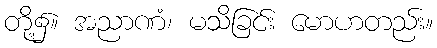
တို့၌။ အညာဏံ၊ မသိခြင်း မောဟတည်း။